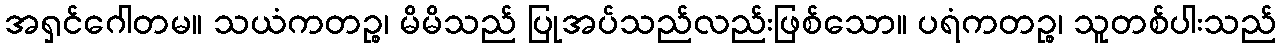
အရှင်ဂေါတမ။ သယံကတဉ္စ၊ မိမိသည် ပြုအပ်သည်လည်းဖြစ်သော။ ပရံကတဉ္စ၊ သူတစ်ပါးသည်